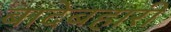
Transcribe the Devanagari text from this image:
बादेबहारी